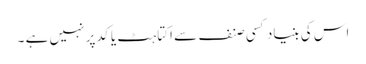
اس کی بنیاد کسی صنف سے اکتاہٹ یا کد پر نہیں ہے ۔